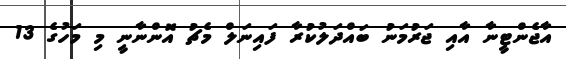
އާޖެންޓީނާ އާއި ޖަރުމަނު ބައްދަލުކުރާ ފައިނަލް މެޗު އޮންނާނީ މި މަހުގެ 13